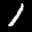
Digit: 1